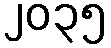
၂၀၃၅